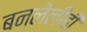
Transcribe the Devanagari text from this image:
बनलेलीही